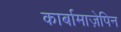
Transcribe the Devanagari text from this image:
कार्बामाज़ेपिन